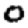
Digit: 0